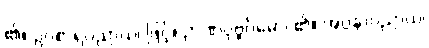
၏။ ဥပစာရပညာယ၊ ဖြင့်။ ဉာဏပုဗ္ဗင်္ဂမော၊ ၏။ အပ္ပနာပညာယ၊